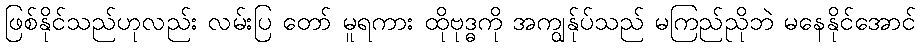
ဖြစ်နိုင်သည်ဟုလည်း လမ်းပြ တော် မူရကား ထိုဗုဒ္ဓကို အကျွန်ုပ်သည် မကြည်ညိုဘဲ မနေနိုင်အောင်